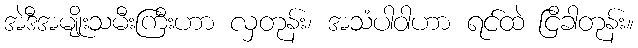
အဲဒီအမျိုးသမီးကြီးဟာ လှတုန်း၊ အသံပါဝါဟာ ရင်ထဲ ငြိခါတုန်း။